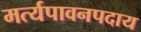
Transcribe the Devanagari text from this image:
मर्त्यपावनपदाय